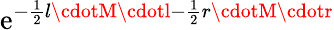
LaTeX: \mathrm{e}^{-\frac{{1}}{{2}}l\cdotM\cdotl-\frac{{1}}{{2}}r\cdotM\cdotr}